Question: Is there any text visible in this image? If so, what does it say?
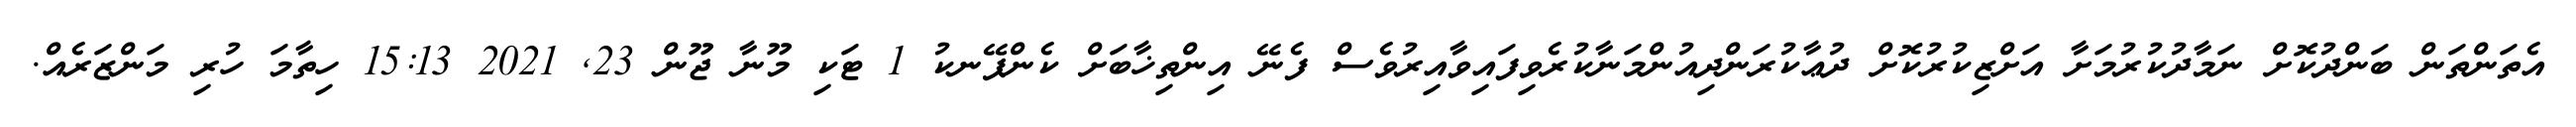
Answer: އެތަންތަން ބަންދުކޮށް ނަމާދުކުރުމަށާ އަށްޒިކުރުކޮށް ދުޢާކުރަންދިއުންމަނާކުރެވިފައިވާއިރުވެސް ފެނޭ އިންތިޚާބަށް ކެންޕޭނކު 1 ޓަކި މޫނާ ޖޫން 23, 2021 15:13 ހިތާމަ ހުރި މަންޒަރެއް.